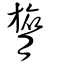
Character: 膂